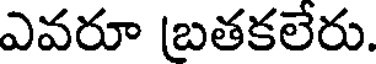
ఎవరూ (బతకలేరు.